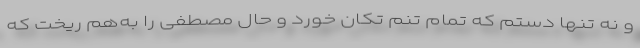
و نه تنها دستم که تمام تنم تکان خورد و حال مصطفی را به‌هم ریخت که